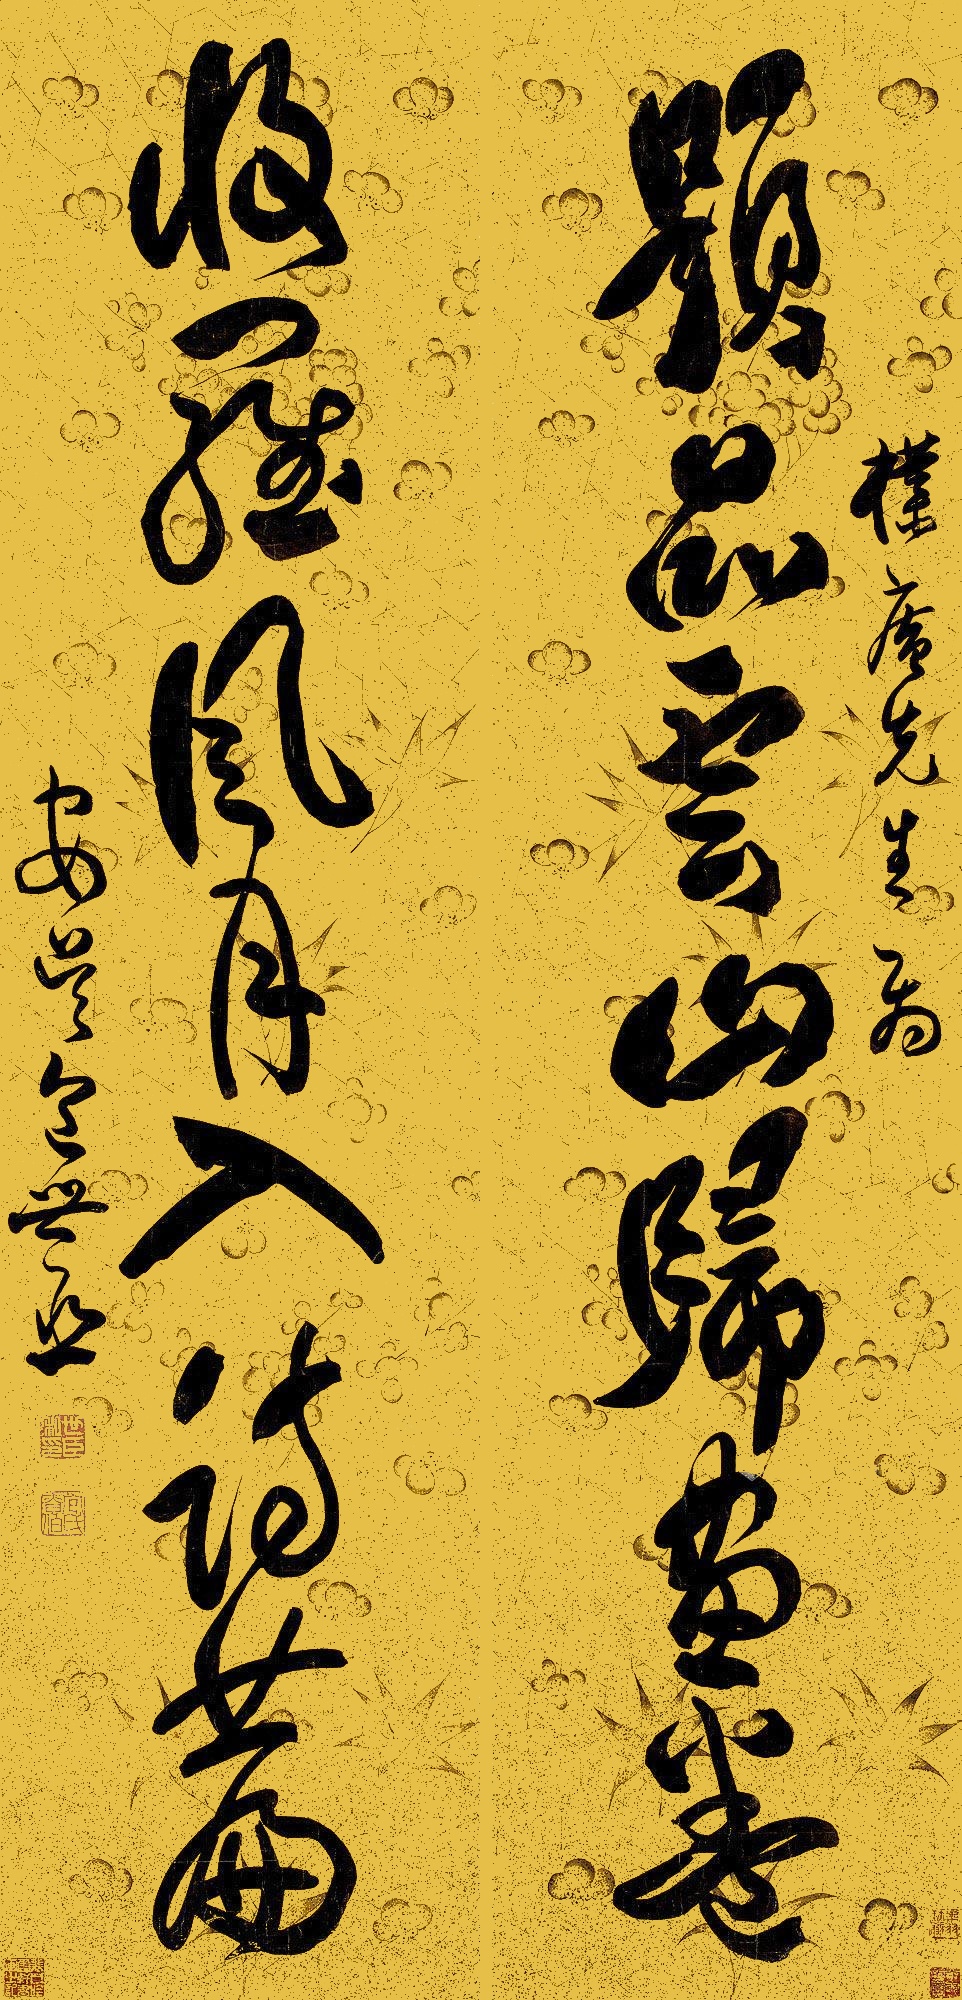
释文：题品云山归画卷，收罗风月入诗篇。朴庵先生属，安吴包世臣。